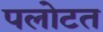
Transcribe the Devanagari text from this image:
पलोटत